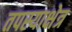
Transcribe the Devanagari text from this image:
तपस्याक्षेत्र